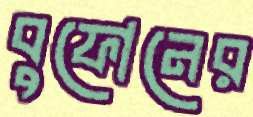
বুফোনের